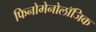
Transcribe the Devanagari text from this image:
फिनोमेनोलॉजिक